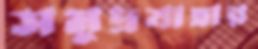
সমুদ্রযাত্রার